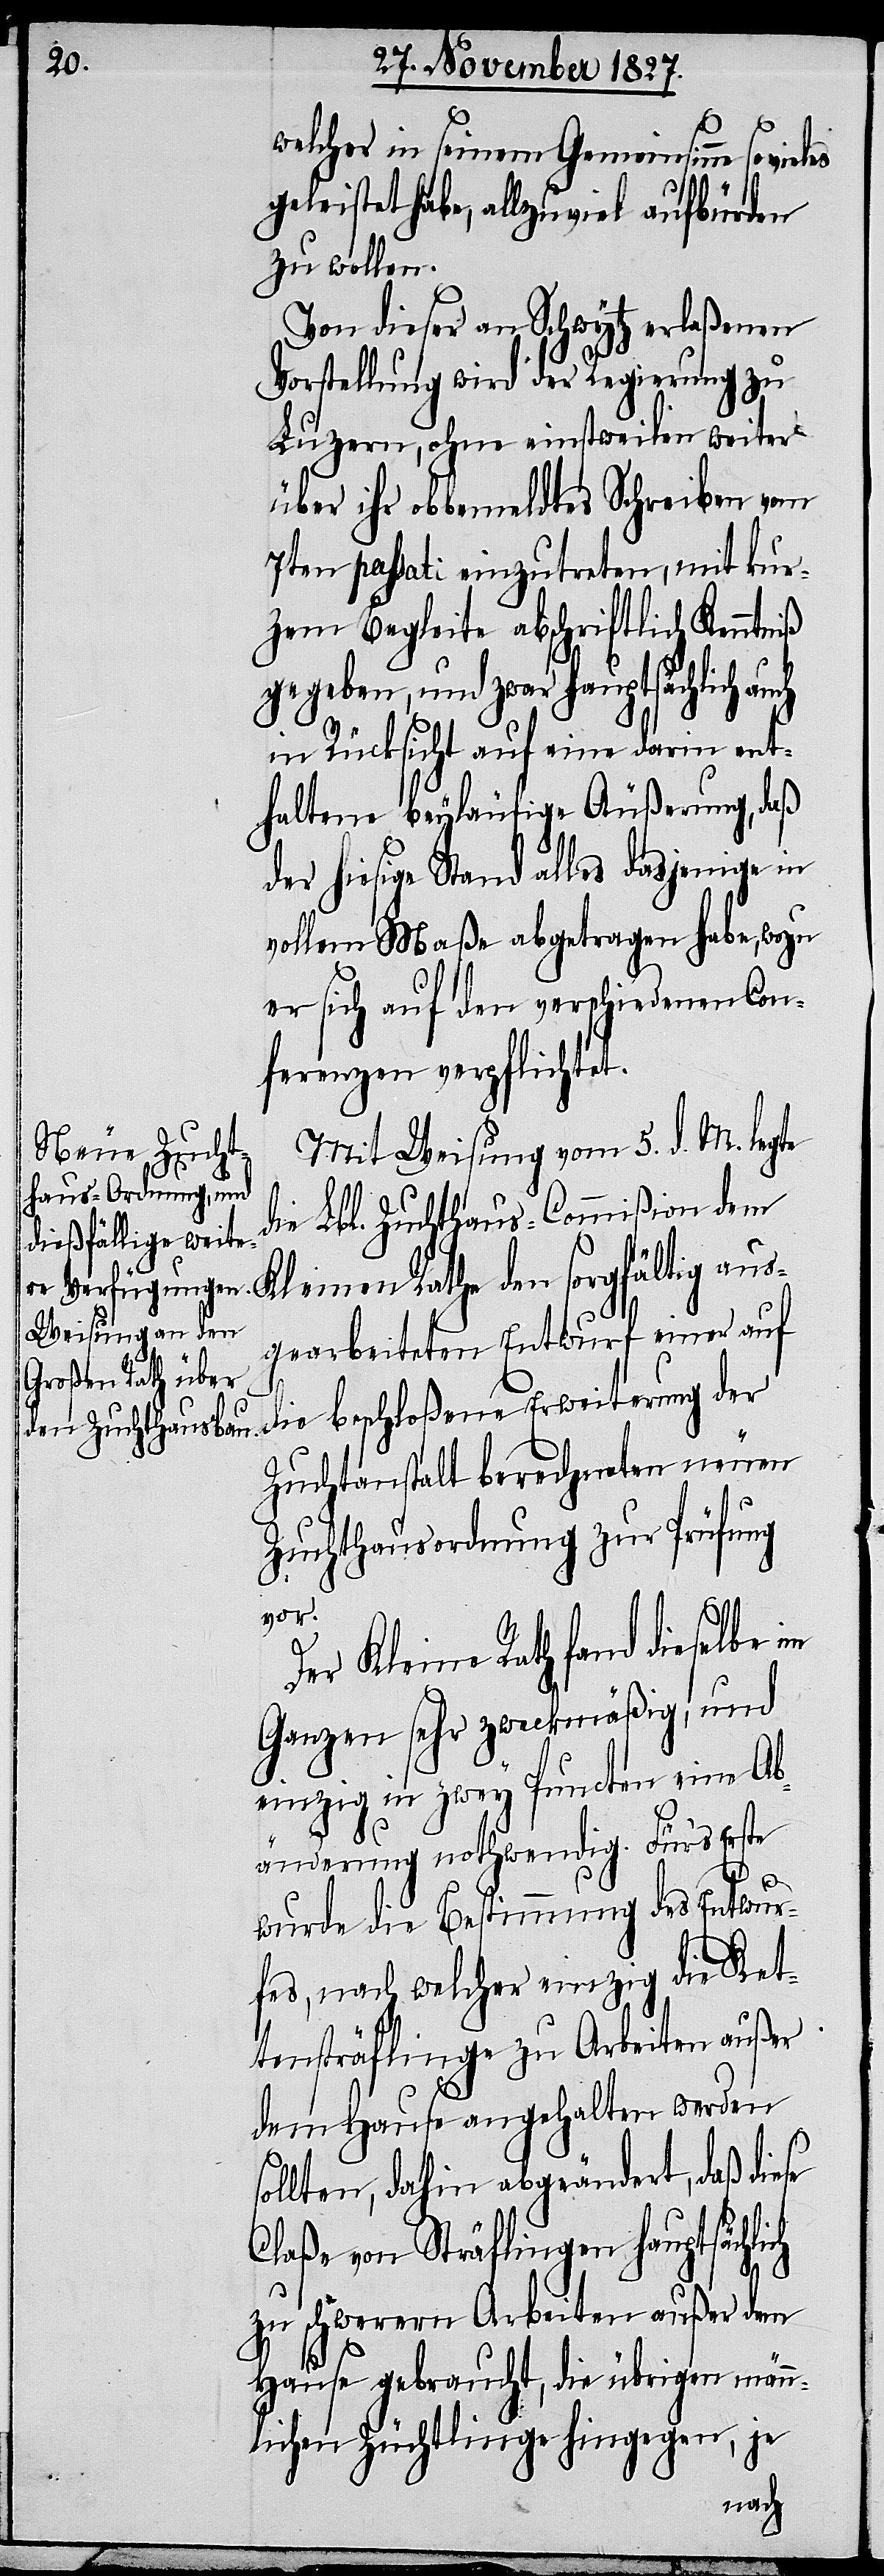
welcher in seinem Gemeinsinne so
geleistet habe, allzuviel aufbürden
zu wollen.
Von dieser an Schwytz erlaßenen
Vorstellung wird der Regierung zu
Luzern, ohne einstweilen weiter
über ihr obbemeldtes Schreiben vom
7ten passati einzutreten, mit kur¬
zem Begleite abschriftlich Kenntniß
gegeben, und zwar hauptsächlich au¬
in Rücksicht auf eine darin ent¬
haltene beyläufige Äußerung, daß
der hiesige Stand alles dasjenige in
vollem Maße abgetragen habe, wozu
er sich auf den verschiedenen Con¬
ferenzen verpflichtet.
Mit Weisung vom 5. d. M. legte
die Lbl. Zuchthaus-Commißion dem
Kleinen Rathe den sorgfältig aus¬
gearbeiteten Entwurf einer auf
Zuchtanstalt berechneten neuen
Zuchthausordnung zur Prüfung
vor.
ch
Der Kleine Rath fand dieselbe im
Ganzen sehr zweckmäßig, und
einzig in zwey Puncten eine Ab¬
änderung nothwendig. Für’s Erste
wurde die Bestimmung des Entwur¬
fes, nach welcher einzig die Ket¬
tensträflinge zu Arbeiten außer
der
dem Hause angehalten werden
sollten, dahin abgeändert, daß diese
Claße von Sträflingen hauptsächli¬
zu schwerern Arbeiten außer dem
Hause gebraucht, die übrigen männ¬
lichen Züchtlinge hingegen, je